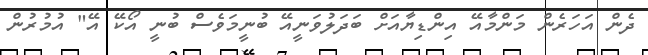
ދެން އަހަރެން މަންމާއޭ އިންޑިޔާއަށް ބަދަލުވަނީއޭ ބުނީމަވެސް ބުނީ އޯކޭ އޭ" އުމުރުން